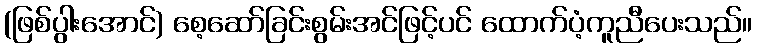
(ဖြစ်ပွါးအောင်) စေ့ဆော်ခြင်းစွမ်းအင်ဖြင့်ပင် ထောက်ပံ့ကူညီပေးသည်။